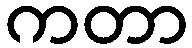
ကတာ